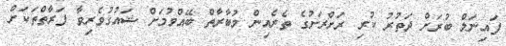
ފައިނަލް ބުރަށް ދަތުރު ކުރި ރަށްރަށުގެ ތެރެއިން މުބާރާތް ބޭއްވުމަށް ޝައުގުވެރިވާ ފަރާތްތަކަށް